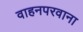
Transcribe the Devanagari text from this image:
वाहनपरवाना